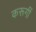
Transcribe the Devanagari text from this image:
करूगीं